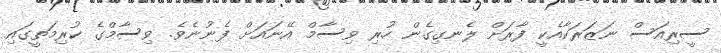
ސީރިއަސް ނަޒަރަކާއެކީ ފާރަށް ލެނގިގެން ހުރި ވިސާމް އޭނައަށް ފެނުނެވެ. ވިސާމްގެ ކުރިމަތީގައި